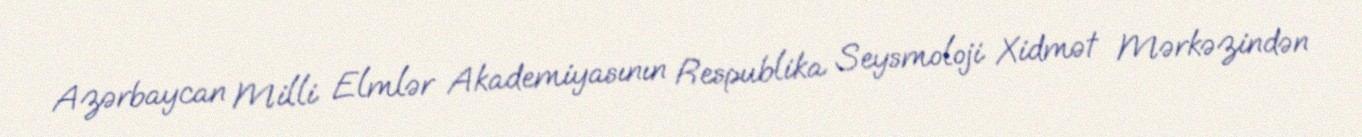
Azərbaycan Milli Elmlər Akademiyasının Respublika Seysmoloji Xidmət Mərkəzindən